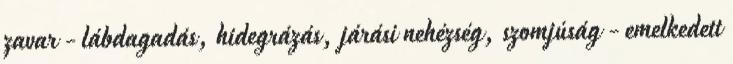
zavar - lábdagadás, hidegrázás, járási nehézség, szomjúság - emelkedett